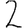
Digit: 2